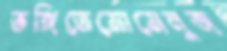
ভঙ্গিতেমোমেনুজ